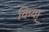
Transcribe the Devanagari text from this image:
किया्